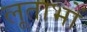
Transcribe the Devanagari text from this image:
लूताभों